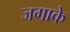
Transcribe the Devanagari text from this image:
जगाके